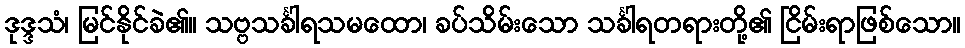
ဒုဒ္ဒသံ၊ မြင်နိုင်ခဲ၏။ သဗ္ဗသင်္ခါရသမထော၊ ခပ်သိမ်းသော သင်္ခါရတရားတို့၏ ငြိမ်းရာဖြစ်သော။